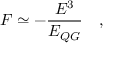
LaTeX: F \simeq - { \frac { E ^ { 3 } } { E _ { Q G } } } \quad ,